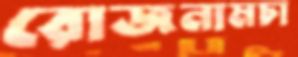
রোজনামচা